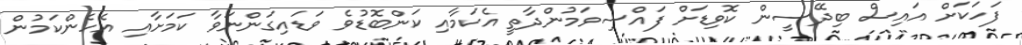
ފަހަކަށް އައިސް ބިދޭސީން ކޮވިޑަށް ފައްސިވަމުންދާތީ އެކަމާއި ކަންބޮޑުވެ ވަޑައިގަންނަވާ ކަމަށާއި އެހެންކަމުން